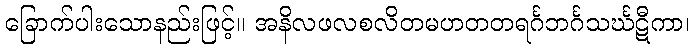
ခြောက်ပါးသောနည်းဖြင့်။ အနိလဖလစလိတမဟတတရင်္ဂဘင်္ဂသင်္ဃဋီကာ၊